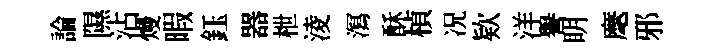
論隰沾熳暇鈺器枻淩㵼酥楨况欵洋譽眀麾邪